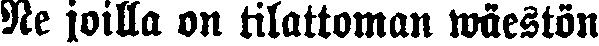
Ne joilla on tilattoman wäestön